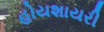
હોયશાયરી